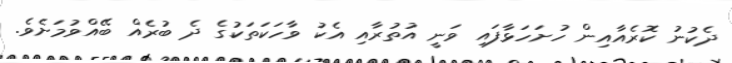
ދެކުނު ކޮރެއާއިން ހުށަހަޅާފައި ވަނީ އުތުރާއި އެކު ވާހަކަތަކުގެ ދެ ބުރެއް ބޭއްވުމަށެވެ.